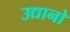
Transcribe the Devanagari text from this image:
उद्यानो